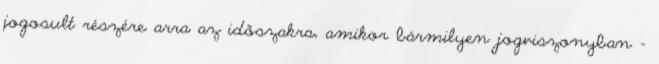
jogosult részére arra az időszakra, amikor bármilyen jogviszonyban –